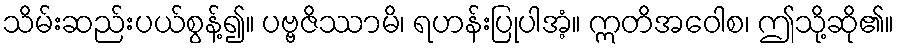
သိမ်းဆည်းပယ်စွန့်၍။ ပဗ္ဗဇိဿာမိ၊ ရဟန်းပြုပါအံ့။ ဣတိအဝေါစ၊ ဤသို့ဆို၏။